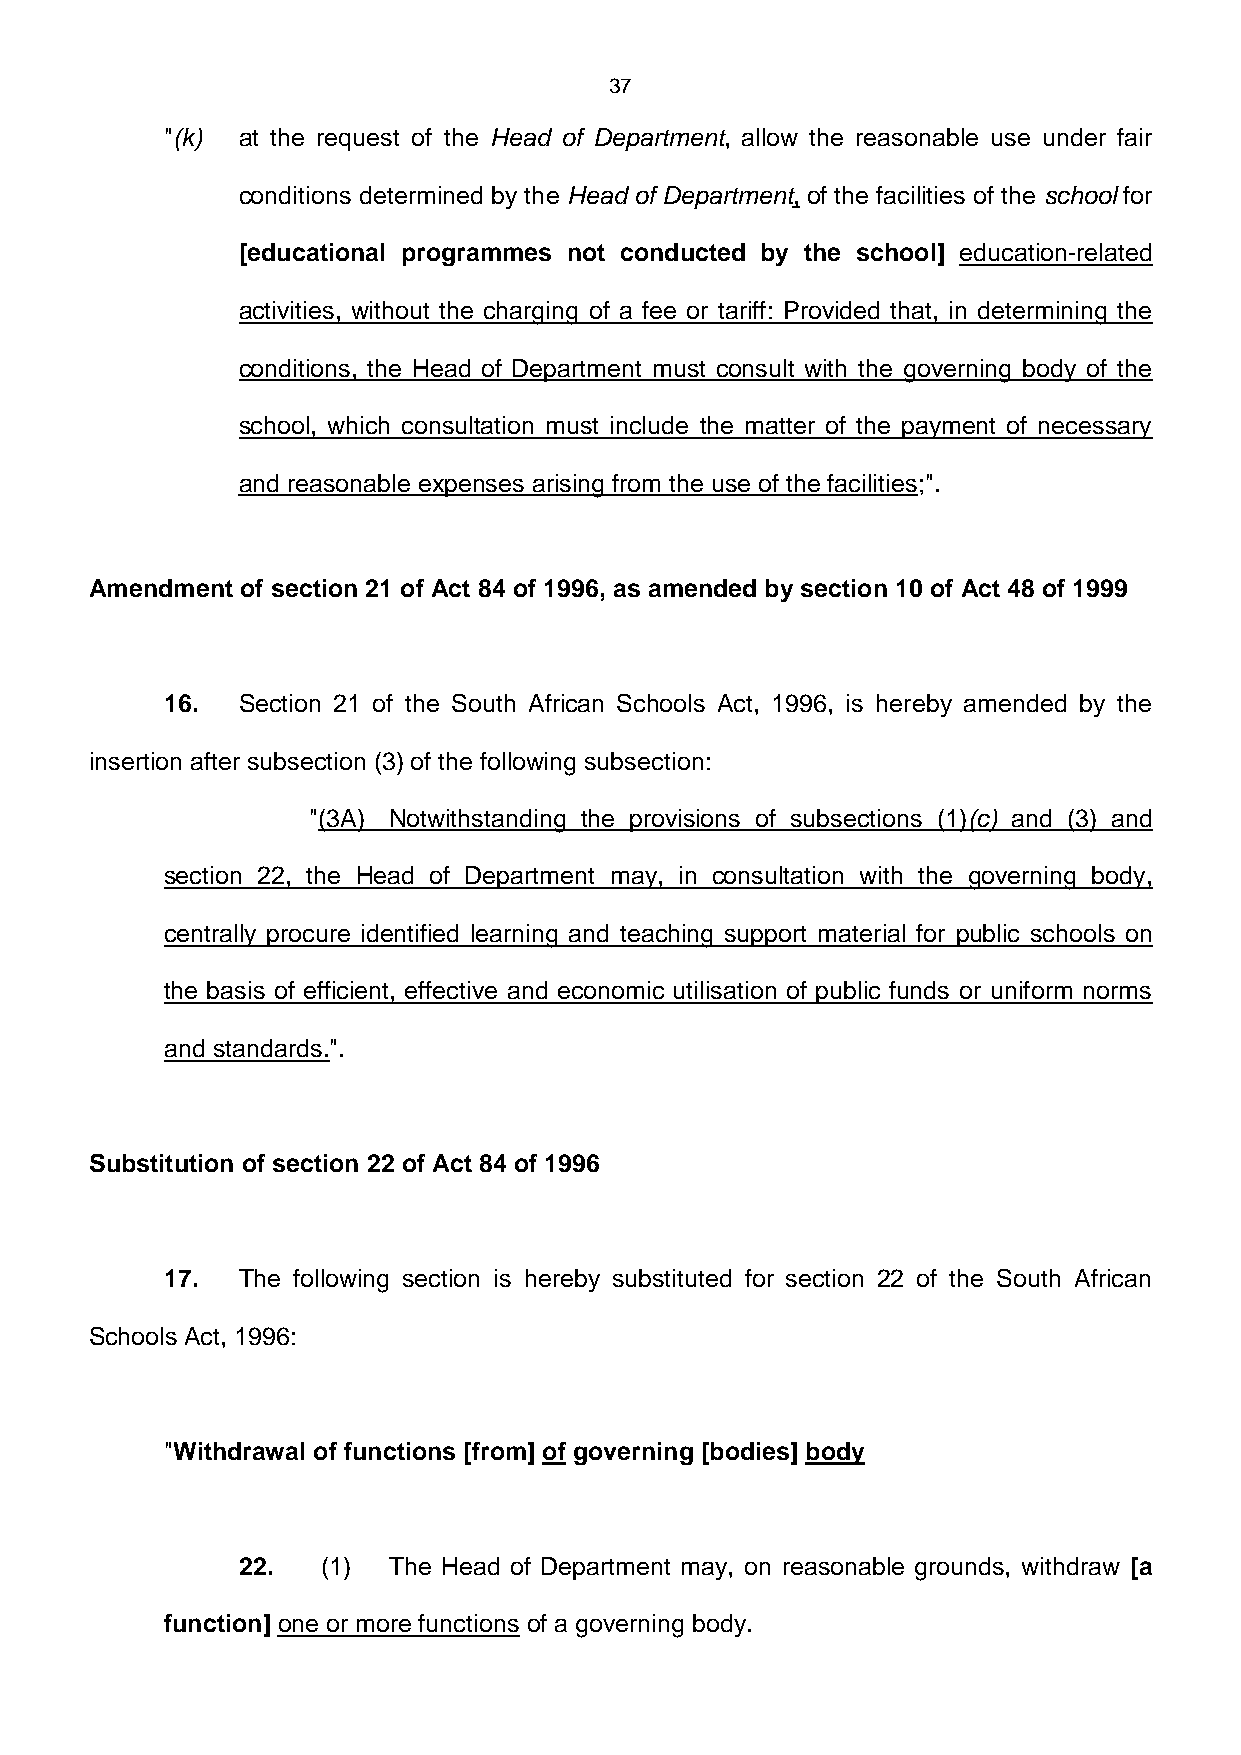
37
 "(k) at the request of the Head of Department, allow the reasonable use under fair
 conditions determined by the Head of Department, of the facilities of the school for
 [educational programmes not conducted by the school] education-related
 activities, without the charging of a fee or tariff: Provided that, in determining the
 conditions, the Head of Department must consult with the governing body of the
 school, which consultation must include the matter of the payment of necessary
 and reasonable expenses arising from the use of the facilities;".
 Amendment of section 21 of Act 84 of 1996, as amended by section 10 of Act 48 of 1999
 16.  Section 21 of the South African Schools Act, 1996, is hereby amended by the
 insertion after subsection (3) of the following subsection:
 "(3A) Notwithstanding the provisions of subsections (1)(c) and (3) and
 section 22, the Head of Department may, in consultation with the governing body,
 centrally procure identified learning and teaching support material for public schools on
 the basis of efficient, effective and economic utilisation of public funds or uniform norms
 and standards.".
 Substitution of section 22 of Act 84 of 1996
 17.  The following section is hereby substituted for section 22 of the South African
 Schools Act, 1996:
 "Withdrawal of functions [from] of governing [bodies] body
 22.  (1)  The Head of Department may, on reasonable grounds, withdraw [a
 function] one or more functions of a governing body.